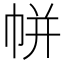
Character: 帡